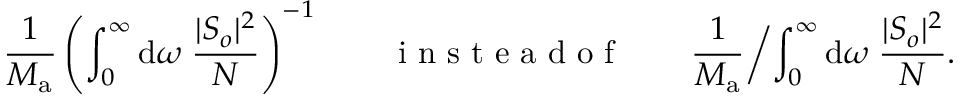
\frac { 1 } { M _ { \mathrm { a } } } \left( \int _ { 0 } ^ { \infty } \mathrm { d } \omega \; \frac { | S _ { o } | ^ { 2 } } { N } \right) ^ { - 1 } \qquad \mathrm { ~ i ~ n ~ s ~ t ~ e ~ a ~ d ~ o ~ f ~ } \qquad \frac { 1 } { M _ { \mathrm { a } } } \biggl / \int _ { 0 } ^ { \infty } \mathrm { d } \omega \; \frac { | S _ { o } | ^ { 2 } } { N } .